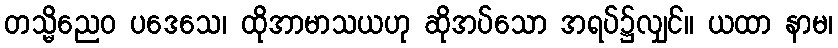
တသ္မိညေဝ ပဒေသေ၊ ထိုအာမာသယဟု ဆိုအပ်သော အရပ်၌လျှင်။ ယထာ နာမ၊